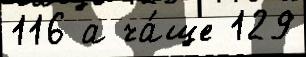
116 а ча́ще 129